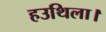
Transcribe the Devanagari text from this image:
हउथिला।